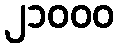
၂၁၀၀၀